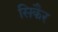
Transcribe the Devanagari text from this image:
सिकैर